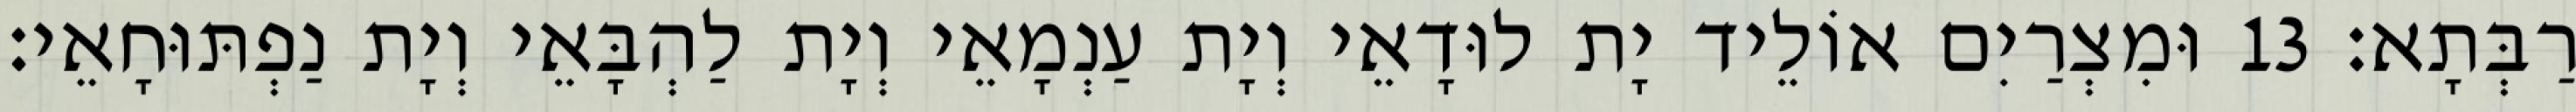
רַבְּתָא׃ 13 וּמִצְרַיִם אוֹלֵיד יָת לוּדָאֵי וְיָת עַנְמָאֵי וְיָת לַהְבָּאֵי וְיָת נַפְתּוּחָאֵי׃